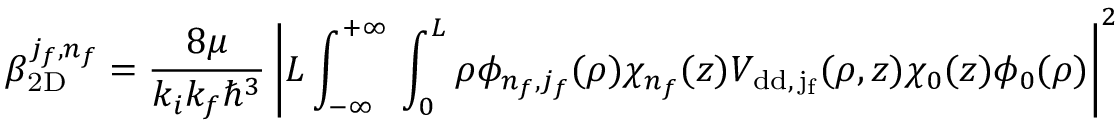
\beta _ { \mathrm { 2 D } } ^ { j _ { f } , n _ { f } } = \frac { 8 \mu } { k _ { i } k _ { f } \hbar ^ { 3 } } \left\vert L \int _ { - \infty } ^ { + \infty } \d z \int _ { 0 } ^ { L } \d \rho \phi _ { n _ { f } , j _ { f } } ( \rho ) \chi _ { n _ { f } } ( z ) V _ { \mathrm { { d d } , \, j _ { f } } } ( \rho , z ) \chi _ { 0 } ( z ) \phi _ { 0 } ( \rho ) \right\vert ^ { 2 }